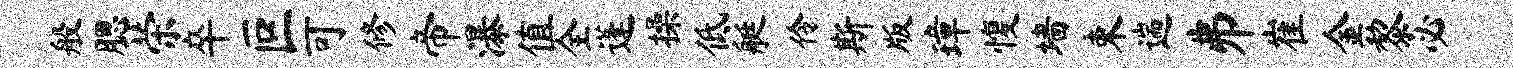
般腮荣卒叵可修帝瀑值全蓬操低艇伶斯版璋愎墙束遄井崔金黎必